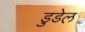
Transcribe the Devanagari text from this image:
डुडेल